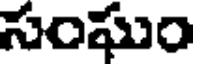
సంఘం